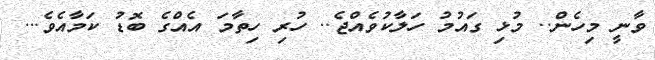
ވާނީ މިހެން.. މުޅި ގައުމު ހަލާކުވެއްޖެ.. ހުރި ހިތާމަ އެއްގެ ބޮޑު ކަމާއެވެ...